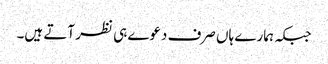
جبکہ ہمارے ہاں صرف دعوے ہی نظر آتے ہیں۔